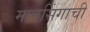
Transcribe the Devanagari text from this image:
मानसिंगाची